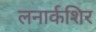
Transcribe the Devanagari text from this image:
लनार्कशिर